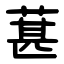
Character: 葚